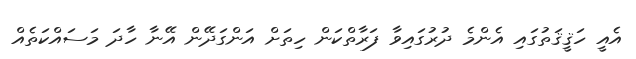
އެއީ ހަޤީޤަތުގައި އެންމެ ދުރުގައިވާ ފަރާތްކަން ހިތަށް އަންގަދޭން އޭނާ ހާދަ މަސައްކަތެއް